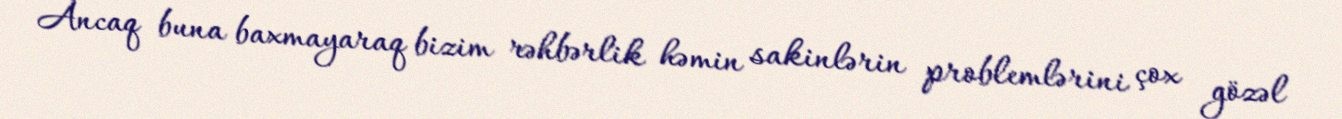
Ancaq buna baxmayaraq bizim rəhbərlik həmin sakinlərin problemlərini çox gözəl